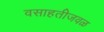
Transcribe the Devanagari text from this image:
वसाहतीजवळ